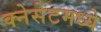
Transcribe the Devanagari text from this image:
क्नेसेटमध्ये